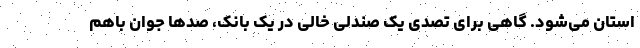
استان می‌شود. گاهی برای تصدی یک صندلی خالی در یک بانک، صدها جوان باهم